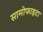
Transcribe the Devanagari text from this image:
सामोफाइटा